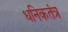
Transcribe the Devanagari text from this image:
धनिकतंत्र